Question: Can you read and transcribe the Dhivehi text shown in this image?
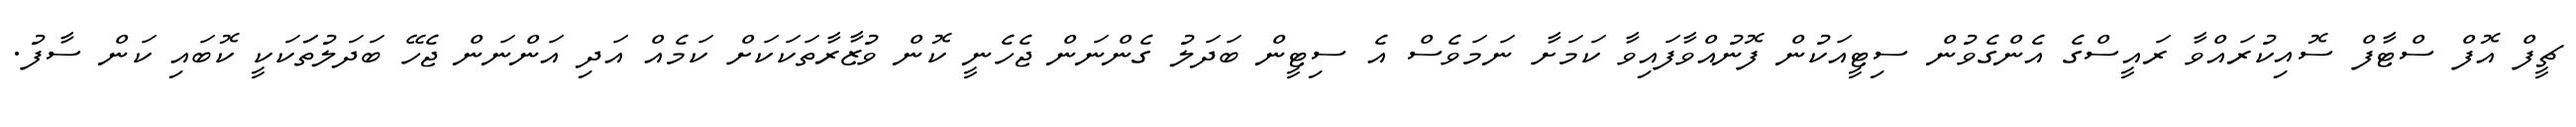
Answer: ޗީފް އޮފް ސްޓާފް ސޮއިކުރައްވާ ރައީސްގެ އެންގެވުން ސިޓީއަކުން ފޮނުއްވާފައިވާ ކަމަށާ ނަމަވެސް އެ ސިޓީން ބަދަލު ގެންނަން ޖެހެނީ ކޮން ވުޒާރާތަކަކަށް ކަމެއް އަދި އަންނަން ޖެހޭ ބަދަލުތަަކަކީ ކޮބައި ކަން ސާފު.